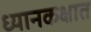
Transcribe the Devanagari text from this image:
ध्यानकक्षात